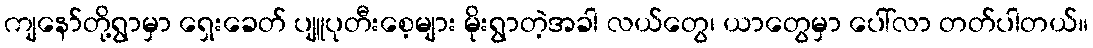
ကျနော်တို့ရွာမှာ ရှေးခေတ် ပျူပုတီးစေ့များ မိုးရွာတဲ့အခါ လယ်တွေ၊ ယာတွေမှာ ပေါ်လာ တတ်ပါတယ်။